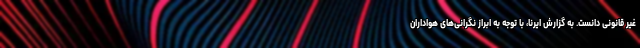
غیر قانونی دانست. به گزارش ایرنا، با توجه به ابراز نگرانی‌های هواداران